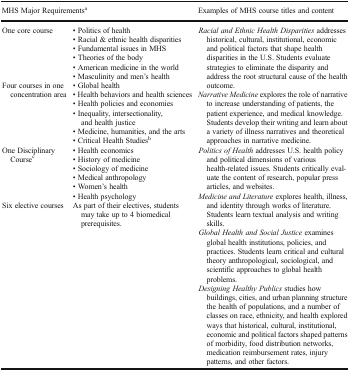
<table><thead><tr><td colspan="2"><b>MHS Major Requirements<sup>a</sup></b></td><td><b>Examples of MHS course titles and content</b></td></tr></thead><tbody><tr><td>One core course</td><td>• Politics of health• Racial &amp; ethnic health disparities• Fundamental issues in MHS• Theories of the body• American medicine in the world• Masculinity and men’s health</td><td rowspan="4"><i>Racial and Ethnic Health Disparities</i> addresses historical, cultural, institutional, economic and political factors that shape health disparities in the U.S. Students evaluate strategies to eliminate the disparity and address the root structural cause of the health outcome.<i>Narrative Medicine</i> explores the role of narrative to increase understanding of patients, the patient experience, and medical knowledge. Students develop their writing and learn about a variety of illness narratives and theoretical approaches in narrative medicine.<i>Politics of Health</i> addresses U.S. health policy and political dimensions of various health-related issues. Students critically evaluate the content of research, popular press articles, and websites.<i>Medicine and Literature</i> explores health, illness, and identity through works of literature. Students learn textual analysis and writing skills.<i>Global Health and Social Justice</i> examines global health institutions, policies, and practices. Students learn critical and cultural theory anthropological, sociological, and scientific approaches to global health problems.<i>Designing Healthy Publics</i> studies how buildings, cities, and urban planning structure the health of populations, and a number of classes on race, ethnicity, and health explored ways that historical, cultural, institutional, economic and political factors shaped patterns of morbidity, food distribution networks, medication reimbursement rates, injury patterns, and other factors.</td></tr><tr><td>Four courses in one concentration area</td><td>• Global health• Health behaviors and health sciences• Health policies and economies• Inequality, intersectionality, and health justice• Medicine, humanities, and the arts• Critical Health Studies<sup>b</sup></td></tr><tr><td>One Disciplinary Course<sup>c</sup></td><td>• Health economics• History of medicine• Sociology of medicine• Medical anthropology• Women’s health• Health psychology</td></tr><tr><td>Six elective courses</td><td>As part of their electives, students may take up to 4 biomedical prerequisites.</td></tr></tbody></table>